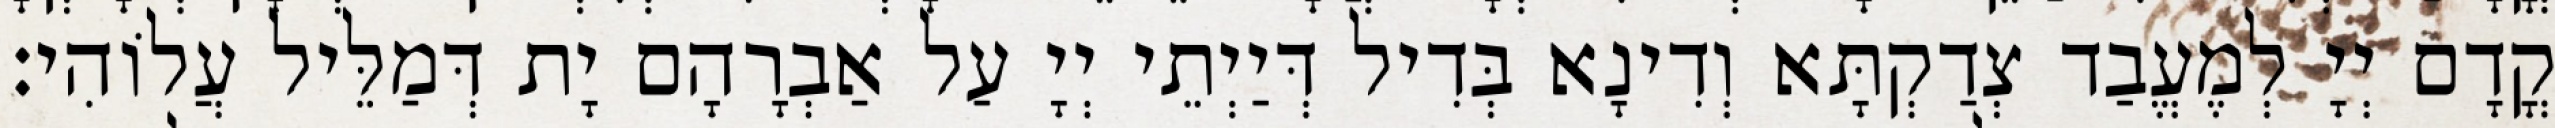
קֳדָם יְיָ לְמֶעֱבַד צְדַקְתָּא וְדִינָא בְּדִיל דְּיַיְתֵי יְיָ עַל אַבְרָהָם יָת דְּמַלֵּיל עֲלוֹהִי׃